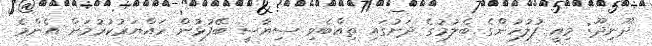
ދޫނިދޫ: މިއީ ފުލުހުންގެ ބެލުމުގެ ދަށުގައި ތިއްބެވި ސިޔާސީ ބޭފުޅުން ހައްޔަރުކުރުމަށް އެންމެ